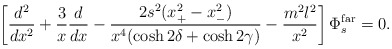
\begin{align*}\left [ {d^2 \over dx^2} + {3 \over x} {d \over dx} -{{2 s^2 (x_+^2 -x_-^2) } \over {x^4 (\cosh 2 \delta + \cosh 2 \gamma ) } } - { {m^2 l^2 } \over x^2 } \right ] \Phi_s^{\rm far} =0.\end{align*}